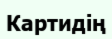
Картидің